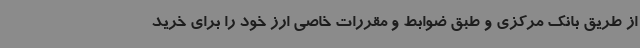
از طریق بانک مرکزی و طبق ضوابط و مقررات خاصی ارز خود را برای خرید